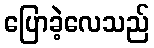
ပြောခဲ့လေသည်